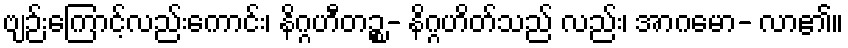
ဗျဉ်းကြောင့်လည်းကောင်း၊ နိဂ္ဂဟီတဉ္စ- နိဂ္ဂဟိတ်သည် လည်း၊ အာဂမော- လာ၏။